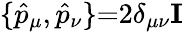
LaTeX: \{ \hat{p}_{\mu},\hat{p}_{\nu}\} {=}2\delta_{\mu\nu}\mathbf{I}